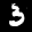
Label: 3